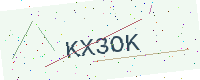
Text: KX3OK